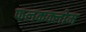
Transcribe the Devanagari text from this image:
फलकक्लोम